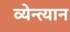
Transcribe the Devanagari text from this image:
व्येन्त्यान